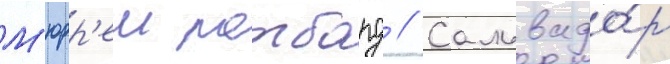
М'юрр'еи ротбард // Сальвадо́р